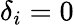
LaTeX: \delta_{i}=0